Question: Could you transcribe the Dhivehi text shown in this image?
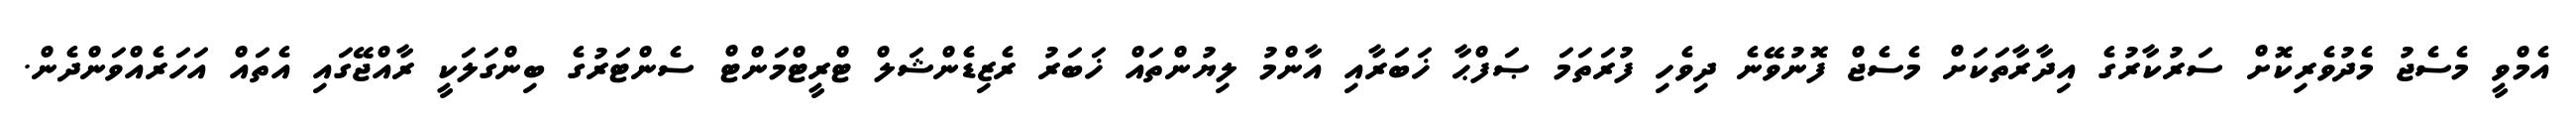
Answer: އެމްވީ މެސެޖު މެދުވެރިކޮށް ސަރުކާރުގެ އިދާރާތަކަށް މެސެޖް ފޮނުވޭނެ ދިވެހި ފުރަތަމަ ޞަފްޙާ ޚަބަރާއި އާންމު ލިޔުންތައް ޚަބަރު ރެޒިޑެންޝަލް ޓްރީޓްމަންޓް ސެންޓަރުގެ ބިންގަލަކީ ރާއްޖޭގައި އެތައް އަހަރެއްވަންދެން.